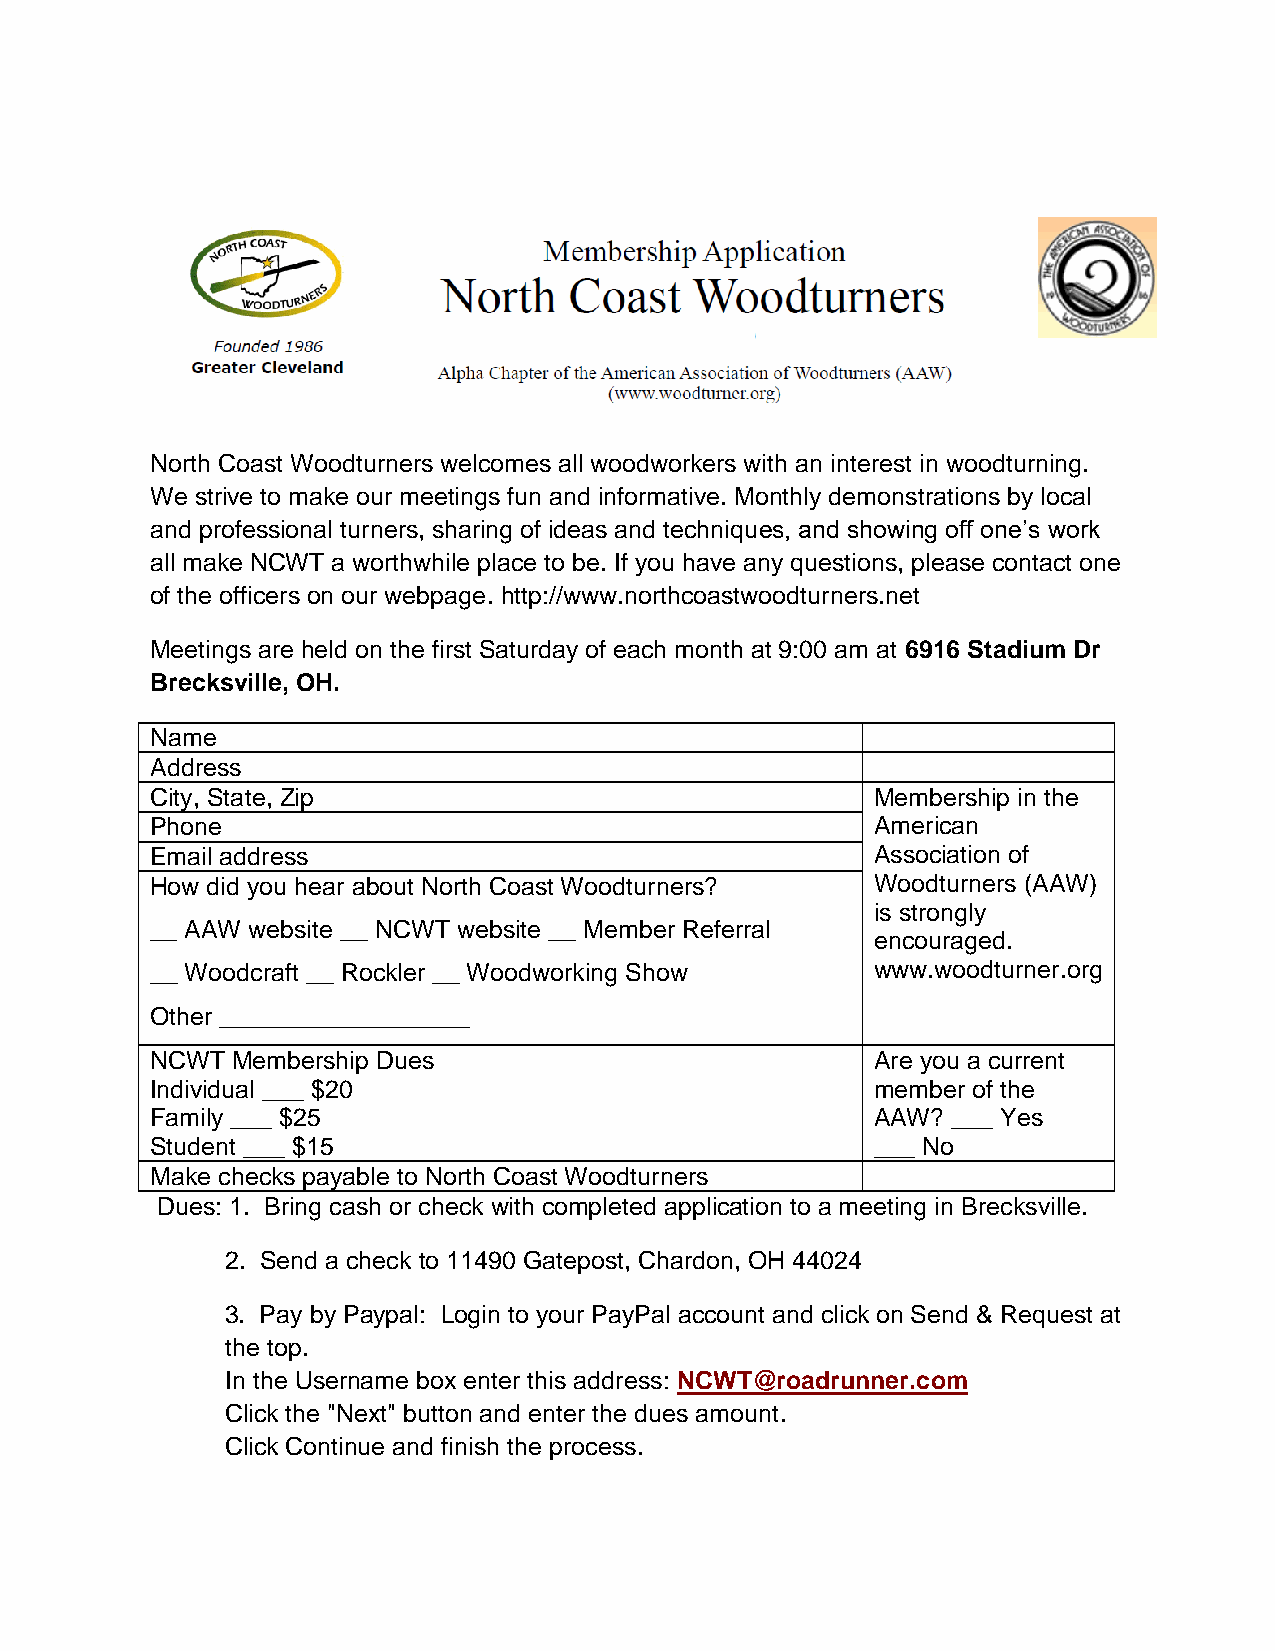
North Coast Woodturners welcomes all woodworkers with an interest in woodturning.
 We strive to make our meetings fun and informative. Monthly demonstrations by local
 and professional turners, sharing of ideas and techniques, and showing off one’s work
 all make NCWT a worthwhile place to be. If you have any questions, please contact one
 of the officers on our webpage. http://www.northcoastwoodturners.net
 Meetings are held on the first Saturday of each month at 9:00 am at 6916 Stadium Dr
 Brecksville, OH.
 Name
 Address
 City, State, Zip                                Membership in the
 Phone                                           American
 Email address                                   Association of
 How did you hear about North Coast Woodturners? Woodturners (AAW)
 is strongly
 __ AAW website __ NCWT website __ Member Referral
 encouraged.
 __ Woodcraft __ Rockler __ Woodworking Show     www.woodturner.org
 Other __________________
 NCWT Membership Dues                            Are you a current
 Individual ___ $20                              member of the
 Family ___ $25                                  AAW? ___ Yes
 Student ___ $15                                 ___ No
 Make checks payable to North Coast Woodturners
 Dues: 1. Bring cash or check with completed application to a meeting in Brecksville.
 2. Send a check to 11490 Gatepost, Chardon, OH 44024
 3. Pay by Paypal: Login to your PayPal account and click on Send & Request at
 the top.
 In the Username box enter this address: NCWT@roadrunner.com
 Click the "Next" button and enter the dues amount.
 Click Continue and finish the process.